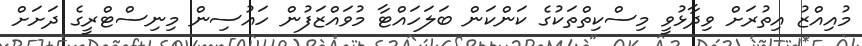
މުއިއްޒު އިތުރަށް ވިދާޅުވީ މިސްކިތްތަކުގެ ކަންކަން ބަލަހައްޓާ މުވައްޒަފުން ހައުސިން މިނިސްޓްރީގެ ދަށަށް